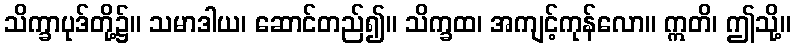
သိက္ခာပုဒ်တို့၌။ သမာဒါယ၊ ဆောင်တည်၍။ သိက္ခထ၊ အကျင့်ကုန်လော။ ဣတိ၊ ဤသို့။